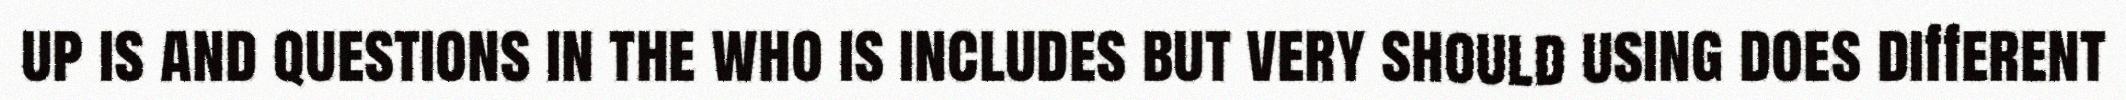
up is and questions in the who is includes but very should using does different